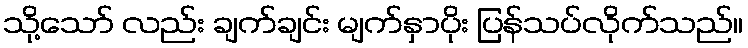
သို့သော် လည်း ချက်ချင်း မျက်နှာပိုး ပြန်သပ်လိုက်သည်။